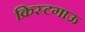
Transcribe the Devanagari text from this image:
क्रिस्टगाऊ